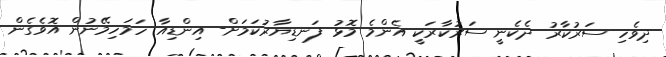
ދިވެހި ސަރުކާރު ދެކެނީ ސަރުކާރަކީ އެންމެ މޮޅު ފަނޑިޔާރުކަމަށް- އިންޑިއާ ހަމަހިމޭނުން އޮވެގެން